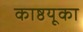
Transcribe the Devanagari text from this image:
काष्ठयूका